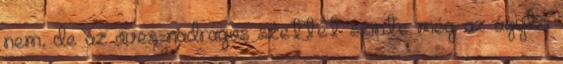
nem, de az öves-nadrágos szettet szinte még az ágyba